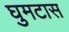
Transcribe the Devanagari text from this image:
घुमटास